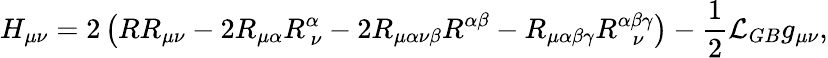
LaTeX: H_{\mu\nu}=2\left(RR_{\mu\nu}-2R_{\mu\alpha}R_{~\nu}^{\alpha}-2R_{\mu\alpha\nu\beta}R^{\alpha\beta}-R_{\mu\alpha\beta\gamma}R_{~~~\nu}^{\alpha\beta\gamma}\right)-\frac{1}{2}{\cal L}_{GB}g_{\mu\nu},